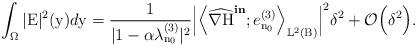
LaTeX: \begin{align*}\int_{\Omega}|\mathrm{E}|^2(\mathrm{y})d\mathrm{y} = \dfrac{1}{ |1 - \alpha\lambda^{(3)}_{\mathrm{n}_{0}}|^2}\Big|\Big\langle \widehat{\nabla \mathrm{H}}^{\textbf{in}};e^{(3)}_{\mathrm{n}_{0}}\Big\rangle_{\mathbb{L}^{2}(\mathrm{B})}\Big|^2 \delta^2 + \mathcal{O}\Big(\delta^{2}\Big).\end{align*}